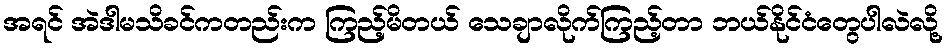
အရင် အဲဒါမသိခင်ကတည်းက ကြည့်မိတယ် သေချာလိုက်ကြည့်တာ ဘယ်နိုင်ငံတွေပါလဲလို့